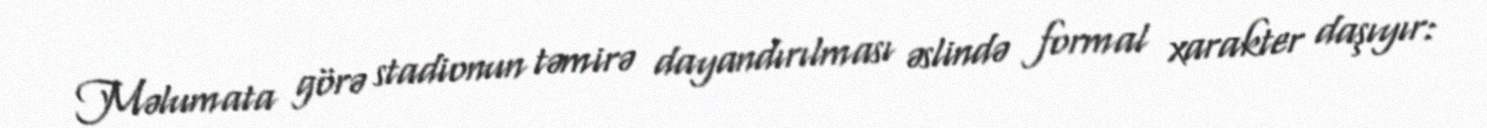
Məlumata görə stadionun təmirə dayandırılması əslində formal xarakter daşıyır: